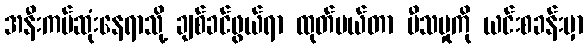
အနီးကပ်ဆုံးနေရာသို့ ချစ်ခင်ဖွယ်ရာ ထုတ်ပယ်တာ ပီသမှုကို ယင်းစခန်းမှာ